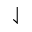
\downharpoonleft